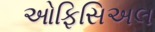
ઓફિસિઅલ